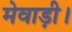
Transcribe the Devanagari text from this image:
मेवाड़ी।